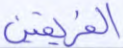
الفريقين